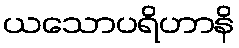
ယသောပရိဟာနိ